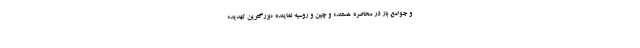
و جوامع باز در محاصره هستند» و چین و روسیه نماینده «بزرگترین تهدید»